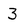
Character: 3